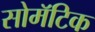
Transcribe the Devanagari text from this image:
सोमॅटिक